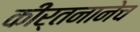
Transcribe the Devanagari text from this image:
कीर्तनानेच